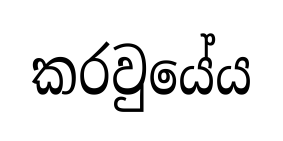
කරවුයේය